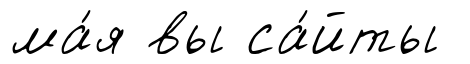
ма́я вы са́йты